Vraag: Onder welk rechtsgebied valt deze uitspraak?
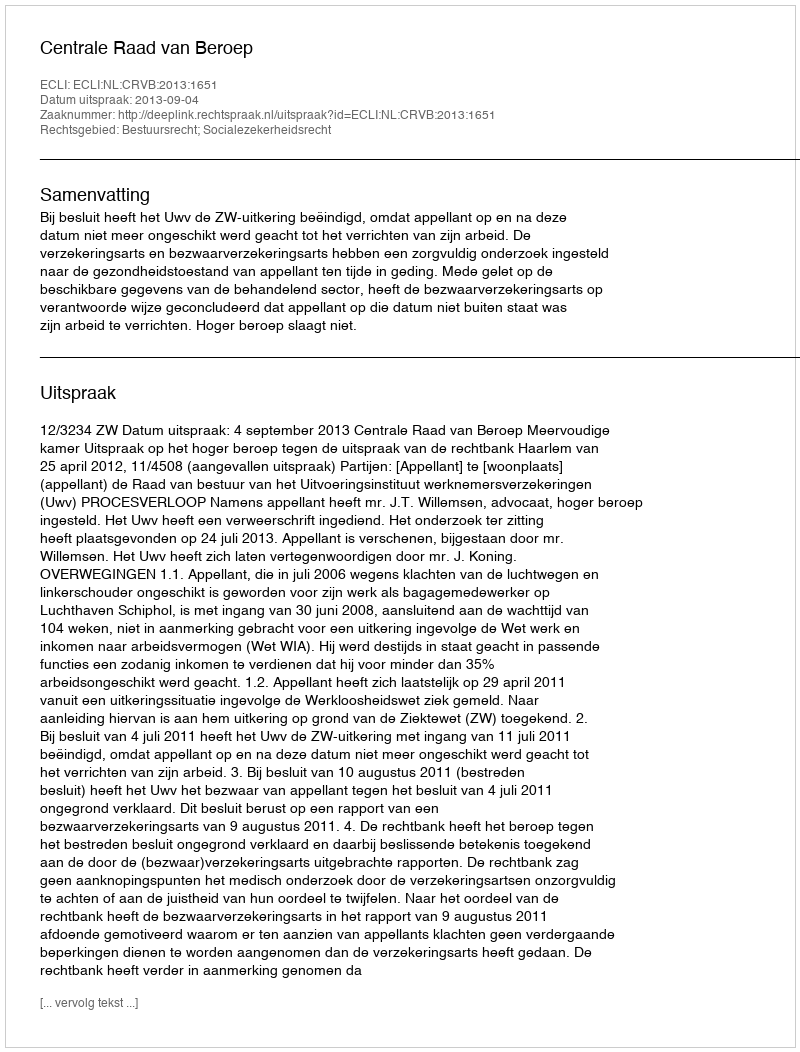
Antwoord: Bestuursrecht; Socialezekerheidsrecht